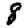
Digit: 8